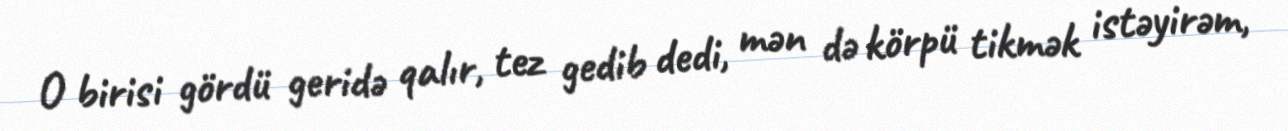
O birisi gördü geridə qalır, tez gedib dedi, mən də körpü tikmək istəyirəm,